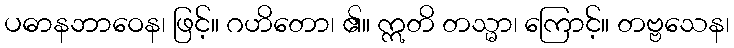
ပဓာနဘာဝေန၊ ဖြင့်။ ဂဟိတော၊ ၏။ ဣတိ တသ္မာ၊ ကြောင့်။ တဗ္ဗသေန၊